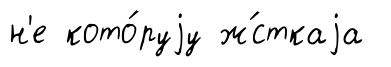
н'е кото́руjу ж́сткаjа